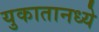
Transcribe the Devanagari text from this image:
युकातानध्ये